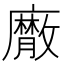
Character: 𢋮